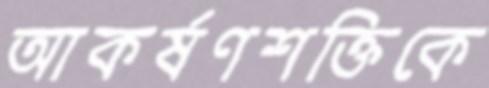
আকর্ষণশক্তিকে